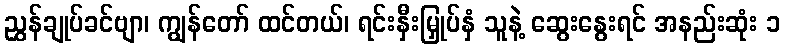
ညွှန်ချုပ်ခင်ဗျာ၊ ကျွန်တော် ထင်တယ်၊ ရင်းနှီးမြှုပ်နှံ သူနဲ့ ဆွေးနွေးရင် အနည်းဆုံး ၁